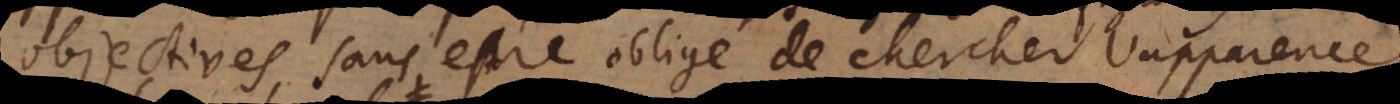
objectives, sans estre obligé de chercher l’apparence